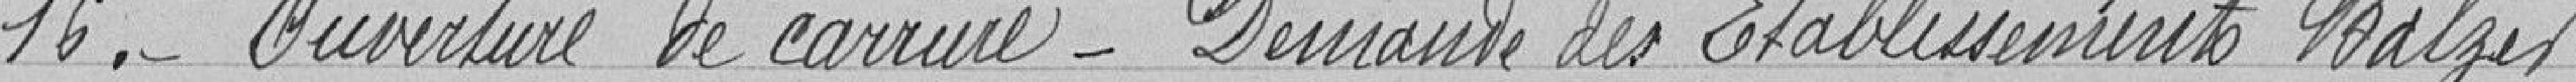
16. Ouverture de carrière - Demande des Etablissements Balzer.